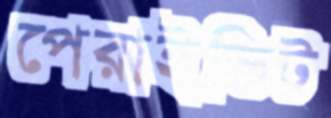
পেরাইভিট